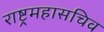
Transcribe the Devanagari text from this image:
राष्ट्रमहासचिव